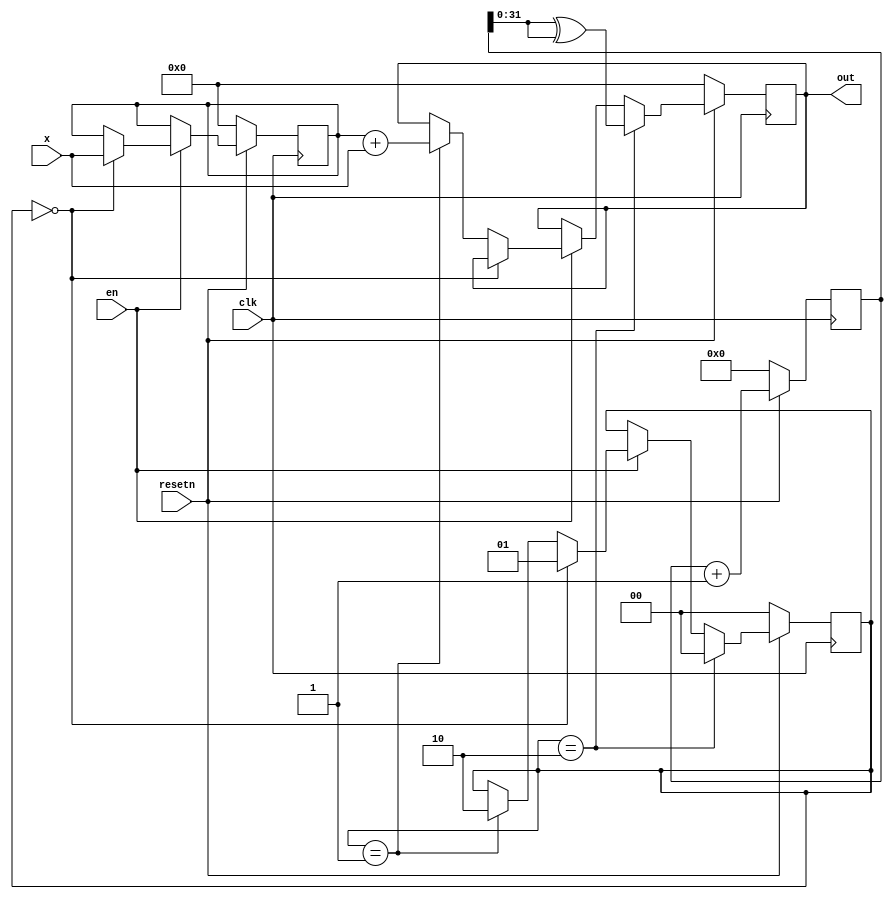
module adder #(
    parameter WIDTH = 32
) (
    input clk,
    input resetn,
    input en,
    input [WIDTH-1:0] x,
    output reg [WIDTH-1:0] out,
);

reg [1:0] state;
reg [WIDTH-1:0] acc;
reg [63:0] count_cycle;

always @(posedge clk) begin
    count_cycle <= count_cycle + 1;

    if (!resetn) begin
        state <= 0;
        acc <= 0;
        count_cycle <= 0;
        out <= 0;
    end else begin
        if (en) begin
            if (state == 0) begin
                acc <= x;
                state <= 1;
            end else if (state == 1) begin
                out <= acc + x;
                state <= 2;
            end
        end
        if (state == 2) begin
            out <= count_cycle ^ count_cycle; // 0, but prevent it from getting optimized out
            state <= 0;
        end
    end
end

endmodule